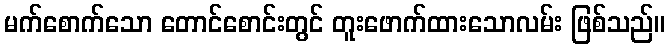
မက်စောက်သော တောင်စောင်းတွင် တူးဖောက်ထားသောလမ်း ဖြစ်သည်။